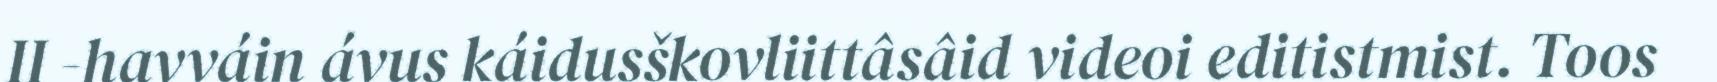
II -havváin ávus káidusškovliittâsâid videoi editistmist. Toos